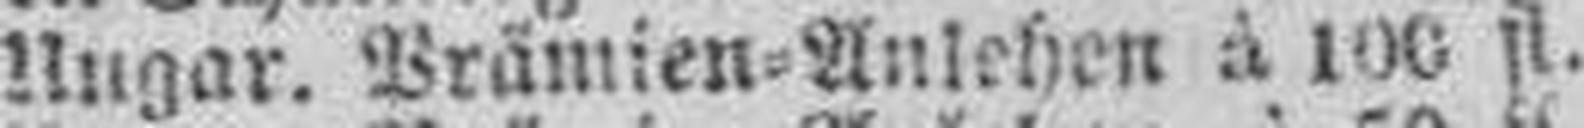
Ungar. Prämien=Anlehen à 100 fl.